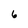
Character: 6